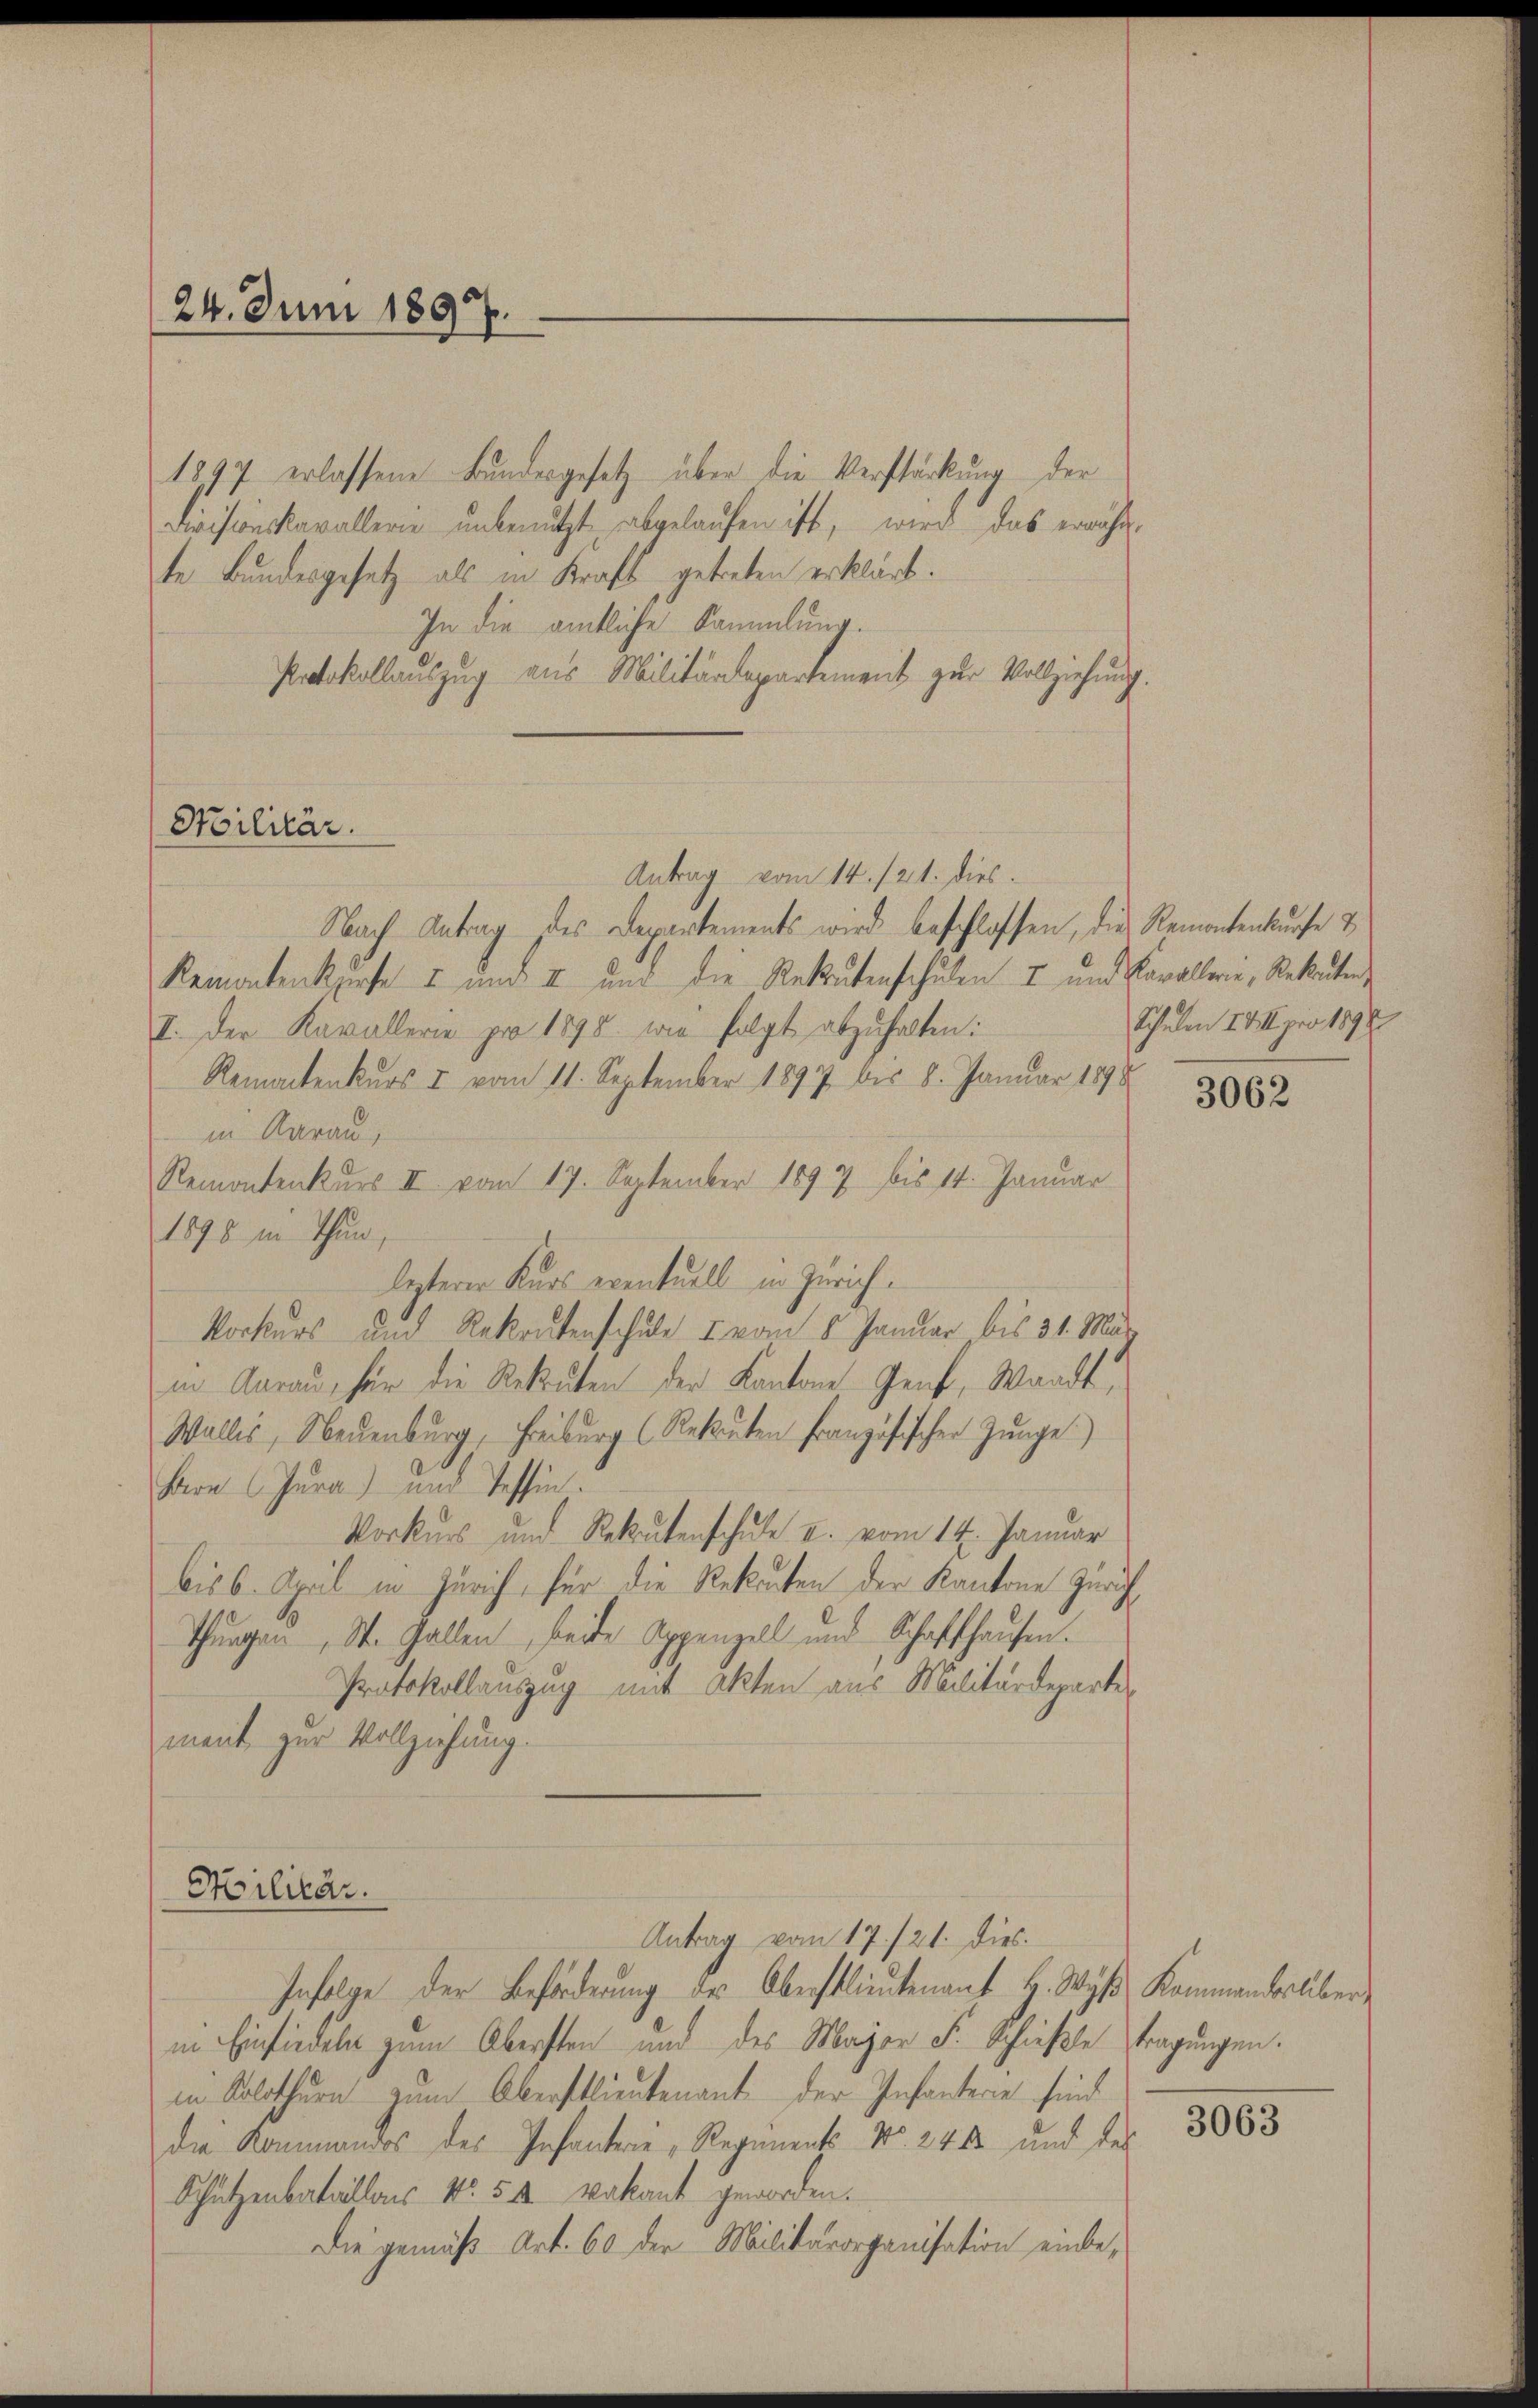
24. Juni 1897.

Stilitär.

1897 erlassene Bundesgesetz über die Verstärkung der
Divisionskavallerie unbenutzt abgelaufen ist, wird das erwähnte Bundesgesetz als in Kraft getreten erklärt.
In die amtliche Sammlung.
Protokollauszug aus Militärdepartement zur Vollziehung
Antrag vom 14./21. dies
Nach Antrag des Departements wird beschlossen, die Remontenkurse &
Remontenkurse & und I und die Rekrutenschulen I und Kavallerie, Rekruten,
II. Der Kavallerie pro 1898 wie folgt abzuhalten:
Remachenkurs & vom 11. September 1897 bis 8. Januar 1898
in Aarau,
Remontenkurs II vom 17. September 1897 bis 14. Januar
1898 in Thun,
lezterer Kurs eventuell in Zürich¬
Korkurs und Rekrutenschule I vom 5. Januar bis 31. Mär
in Aarau, für die Rekruten der Kantone Genf, Waadt,
Wallis, Neuenburg, Freiburg (Rekŭten Französischen Junge
Bern Jura) und Tessin.
Vorkurs und Rekrutenschule II. vom 14. Januar
bis 6. April in Zürich, für die Rekurten der Kantone Zürich
Thurgau, St. Gallen, beide Appenzell und Schaffhausen.
Protokollauszug mit Akten aus Militärdeparte
ment zur Vollziehung.

Militär.

Antrag vom 17./21. dies

Infolge der Beförderung des Oberstlieutenant H. Wyß Kommanderber
in Einsiedeln zum Obersten und des Major F. Schieße tragungen.
in Solothurn zum Oberstlieutenant der Infantere sind
die Kommandos des Infanterie, Regiments No. 241 und des
Schützenbataillons No. 54 vakant geworden.
Die gemäß Art. 60 der Militärorganisation einbe¬

Schulen III. pro 1898

3062

3063